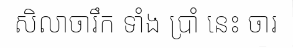
សិលាចារឹក ទាំង ប្រាំ នេះ ចារ